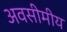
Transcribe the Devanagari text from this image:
अवसीमीय